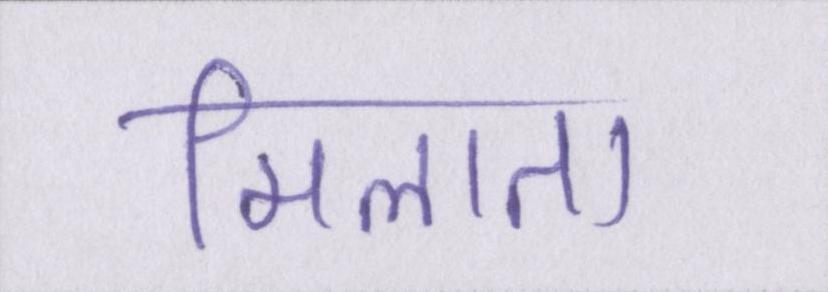
मिलाता